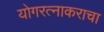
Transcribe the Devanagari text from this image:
योगरत्नाकराचा